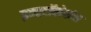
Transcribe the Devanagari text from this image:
इन्स्टॉलेशंस